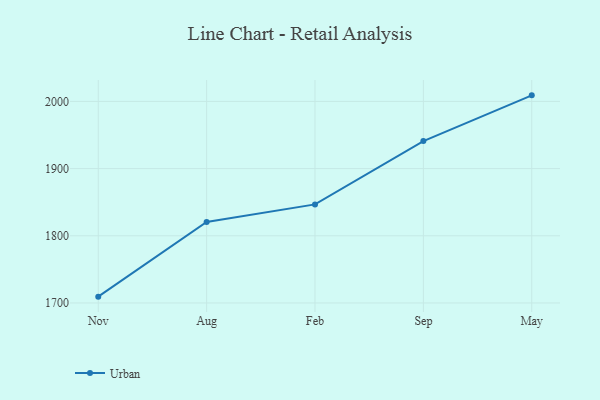
{"axis": {"x": "Month", "y": "Market Share (%)"}, "legend": ["Urban"], "data": [{"x": "Nov", "y": 1709.4, "type": "Urban"}, {"x": "Aug", "y": 1820.5, "type": "Urban"}, {"x": "Feb", "y": 1846.7, "type": "Urban"}, {"x": "Sep", "y": 1940.9, "type": "Urban"}, {"x": "May", "y": 2009.0, "type": "Urban"}]}